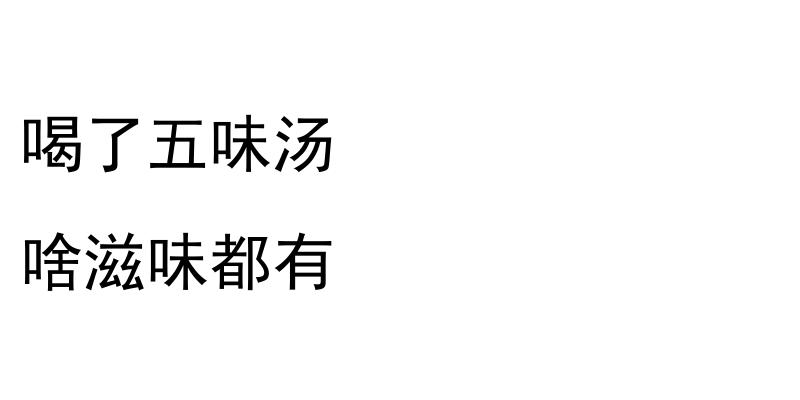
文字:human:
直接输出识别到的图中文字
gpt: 喝了五味汤 啥滋味都有